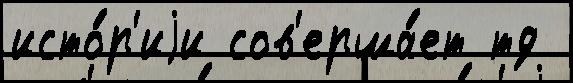
исто́р'иjи сов'ерша́ет тд